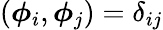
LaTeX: (\boldsymbol{\phi}_{i},\boldsymbol{\phi}_{j})=\delta_{ij}